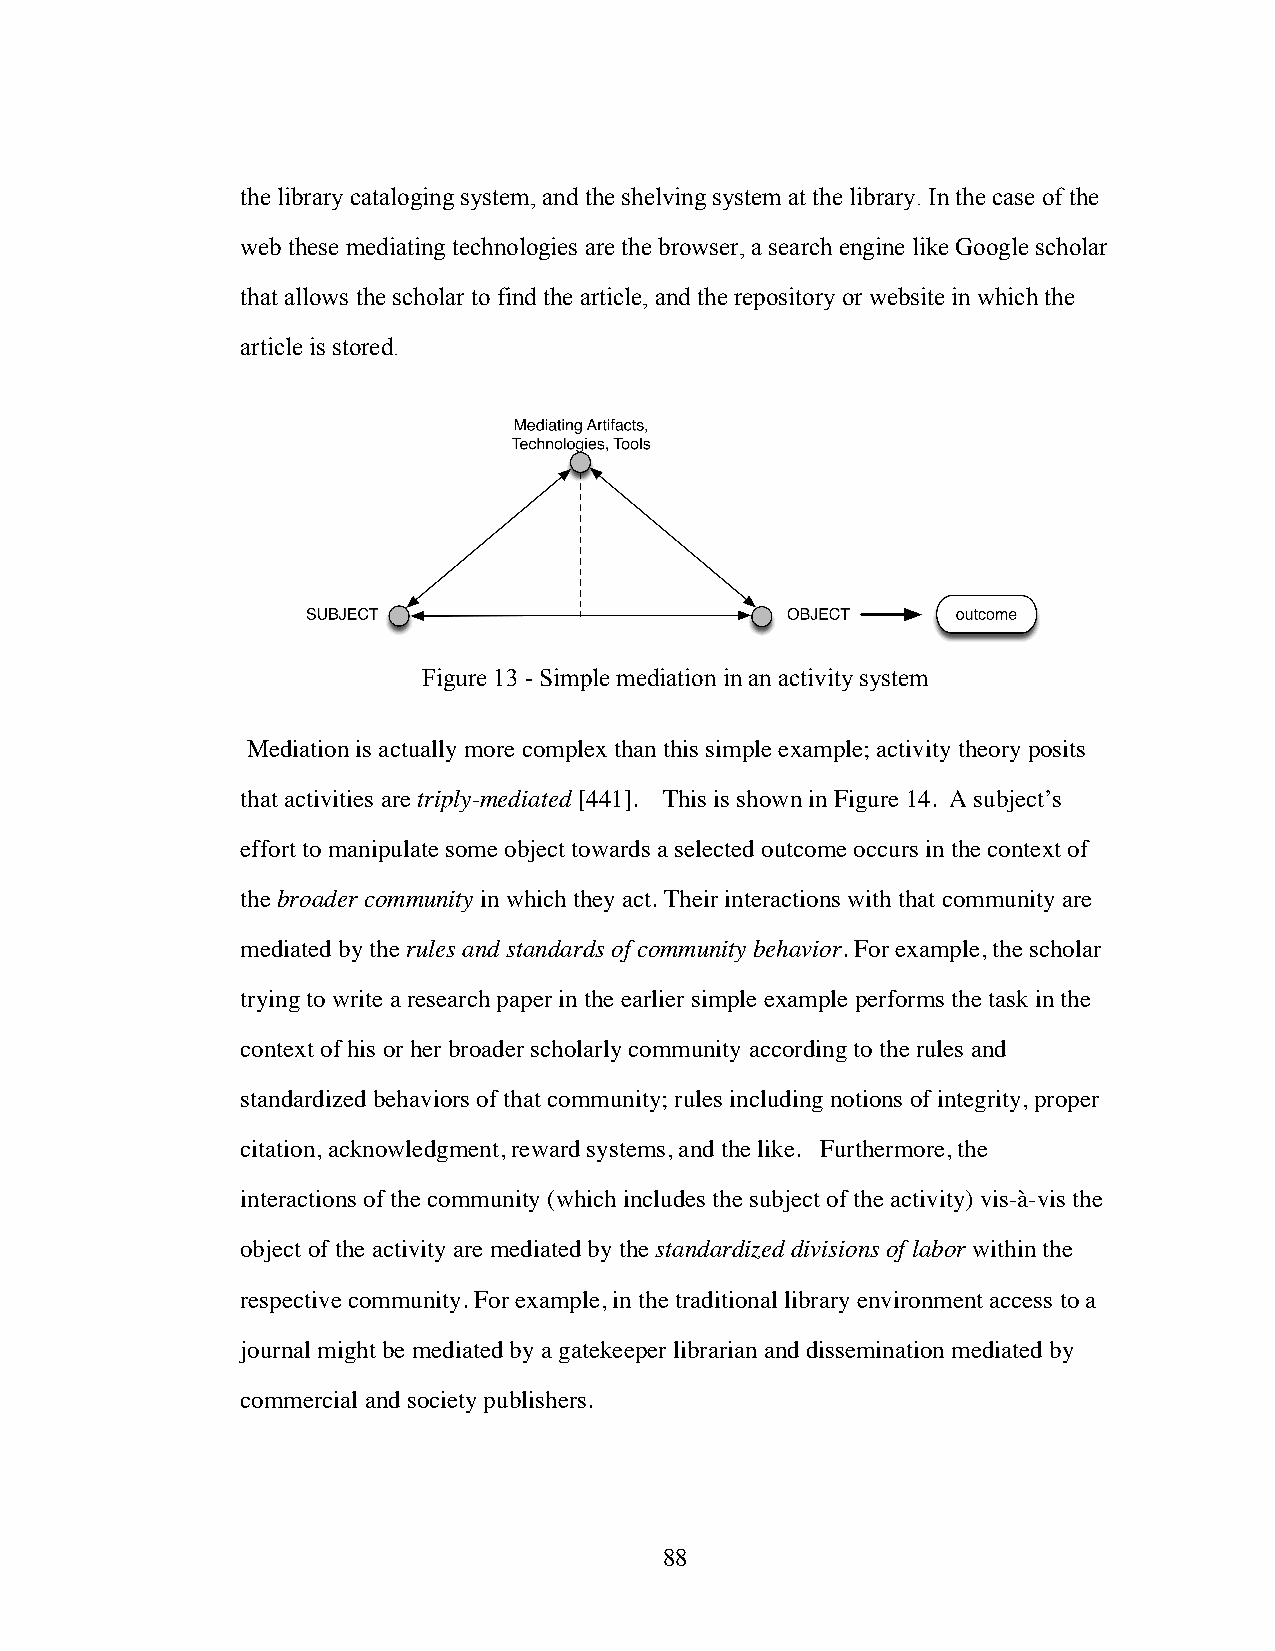
the library cataloging system, and the shelving system at the library. In the case of the
 web these mediating technologies are the browser, a search engine like Google scholar
 that allows the scholar to find the article, and the repository or website in which the
 article is stored.
 Figure 13 - Simple mediation in an activity system
 Mediation is actually more complex than this simple example; activity theory posits
 that activities are triply-mediated [441]. This is shown in Figure 14. A subject’s
 effort to manipulate some object towards a selected outcome occurs in the context of
 the broader community in which they act. Their interactions with that community are
 mediated by the rules and standards of community behavior. For example, the scholar
 trying to write a research paper in the earlier simple example performs the task in the
 context of his or her broader scholarly community according to the rules and
 standardized behaviors of that community; rules including notions of integrity, proper
 citation, acknowledgment, reward systems, and the like. Furthermore, the
 interactions of the community (which includes the subject of the activity) vis-à-vis the
 object of the activity are mediated by the standardized divisions of labor within the
 respective community. For example, in the traditional library environment access to a
 journal might be mediated by a gatekeeper librarian and dissemination mediated by
 commercial and society publishers.
 88